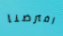
افترضنا